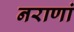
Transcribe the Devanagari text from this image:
नराणां